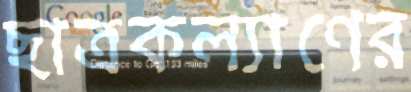
ছাত্রকল্যাণের